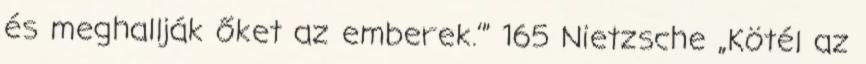
és meghallják őket az emberek.’” 165 Nietzsche „Kötél az